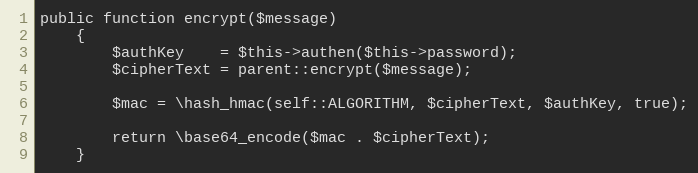
Language: PHP
public function encrypt($message)
    {
        $authKey    = $this->authen($this->password);
        $cipherText = parent::encrypt($message);

        $mac = \hash_hmac(self::ALGORITHM, $cipherText, $authKey, true);

        return \base64_encode($mac . $cipherText);
    }